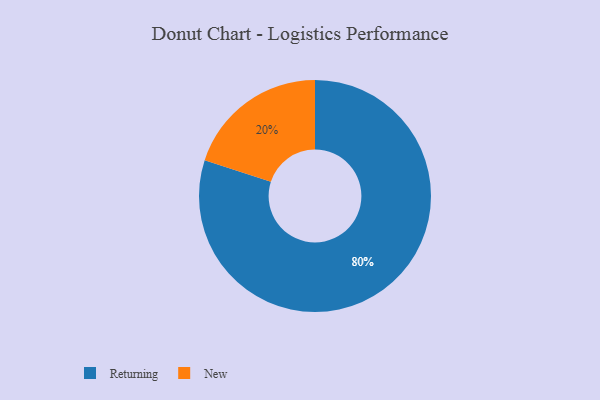
{"axis": {"x": "Category", "y": "Percentage"}, "legend": ["New", "Returning"], "data": [{"x": "New", "y": 20, "type": "New"}, {"x": "Returning", "y": 80, "type": "Returning"}]}